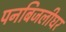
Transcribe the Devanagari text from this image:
पनबिजलीघर